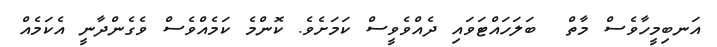
އަނބިމީހާވެސް މާތް  ބަލަހައްޓަވައި ދެއްވެވީސް ކަމަށެވެ. ކޮންމެ ކަމެއްވެސް ވެގެންދާނީ އެކަމެއް